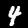
Digit: 4